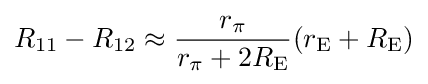
R_{11}-R_{12}\approx {\frac {r_{\pi }}{r_{\pi }+2R_{\mathrm {E} }}}(r_{\mathrm {E} }+R_{\mathrm {E} })